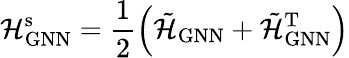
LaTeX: \mathcal{H}_{\mathrm{GNN}}^{\mathrm{s}}=\frac{1}{2}\left(\tilde{\mathcal{H}}_{\mathrm{GNN}}+\tilde{\mathcal{H}}_{\mathrm{GNN}}^{\mathrm{T}}\right)